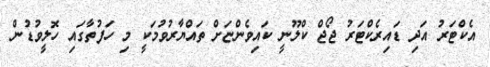
އެކްޓަރު އަދި ޑައިރެކްޓަރު ޖޯޖް ކްލޫނީ ކައިވެންޏަށް ތައްޔާރުވުމަކީ މި ހަފުތާގައި ހޮލީވުޑުން